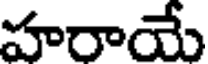
హరాయే